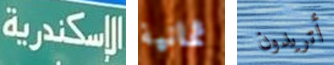
الإسكندرية ثمانية أتريدون